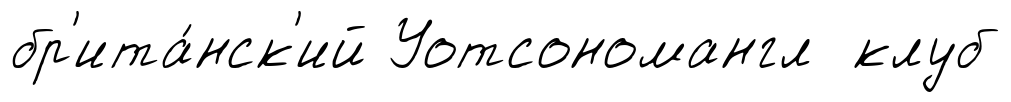
бр'ита́нск'ий Уотсономангл клуб